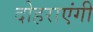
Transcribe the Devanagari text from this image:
दोहराएंगी